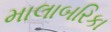
માલાબરિકા